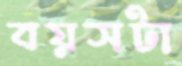
বয়সটা